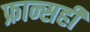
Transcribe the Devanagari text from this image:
फ्रान्सही